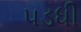
પડધી